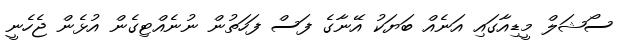
ސޯޝަލް މީޑިއާގައި އަނެއް ބަޔަކު އޭނާގެ ފަސް ފަހަތުން ނުނެއްޓިގެން އުޅެން ޖެހެނީ